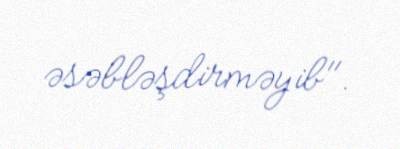
əsəbləşdirməyib".